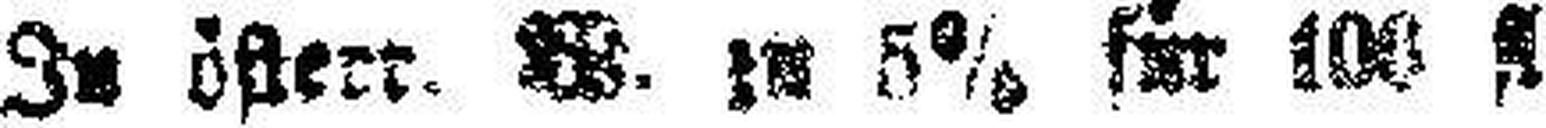
In öftert. W. zu 5% für 100 fl